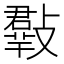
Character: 𣀄